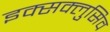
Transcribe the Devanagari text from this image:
इक्सक्लुसिव